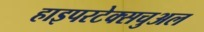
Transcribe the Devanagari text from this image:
हाइपरटेक्सचुअल